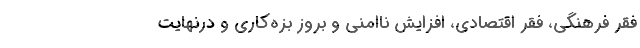
فقر فرهنگی، فقر اقتصادی، افزایش ناامنی و بروز بزه‌کاری و درنهایت